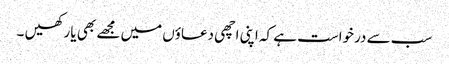
سب سے درخواست ہے کہ اپنی اچھی دعاؤں میں مجھے بھی یا رکھیں ۔